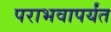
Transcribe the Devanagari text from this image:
पराभवापर्यंत